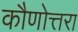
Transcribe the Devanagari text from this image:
कौणोत्तरा